King Institute of Preventive Medicine Micro-Biological Section reports 1909-11
Year: 1909
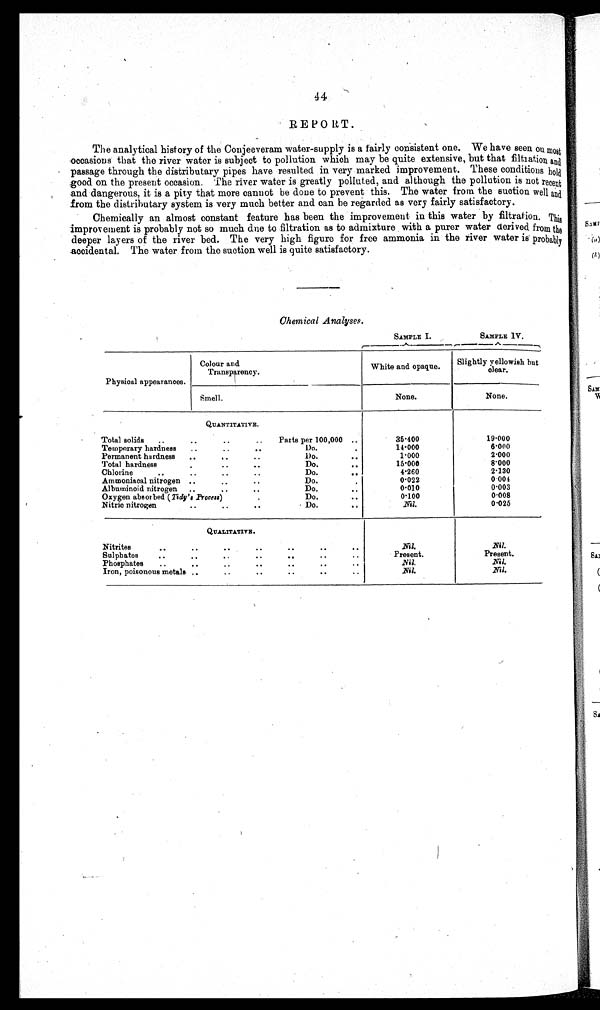
44
REPORT.
The analytical history of the Conjeeveram water-supply is a fairly consistent one. We have seen on most
occasions that the river water is subject to pollution which may be quite extensive, but that filtration and
passage through the distributary pipes have resulted in very marked improvement. These conditions hold
good on the present occasion. The river water is greatly polluted, and although the pollution is not recent
a n d d a n g e r o u s , i t i s a p i t y t h a t m o r e c a n n o t b e d o n e t o p r e v e n t t h i s . T h e w a t e r f r o m t h e s u c t i o n w e l l a n d
from the distributary system is very much better and can be regarded as very fairly satisfactory.
Chemically an almost constant feature has been the improvement in this water by filtration. This
improvement is probably not so much due to filtration as to admixture with a purer water derived from the
deeper layers of the river bed. The very high figure for free ammonia in the river water is probably
accidental. The water from the suction well is quite satisfactory.
Chemical Analyses.
SAMPLE I.
SAMPLE IV.
Physical appearances.
C o l o u r a n d
Transparency.
White and opaque. Slightly yellowish but
clear.
Smell.
None.
None.
QUANTITATIVE.
Total solids ..
..
..
.. Parts per 100,000 ..
35.400
19.000
Temporary hardness ..
..
..
Do.
..
1 4 . 0 0 0
6.000
Permanent hardness ..
..
..
Do.
. .
1.000
2.000
Total hardness
..
.. ..
Do.
..
1 5 . 0 0 0
8 . 0 0 0
Chlorine
.. .. ..
..
Do.
. .
4.260
2.130
Ammoniacal nitrogen ..
..
..
Do.
..
0.022
0.004
Albuminoid nitrogen .. .. ..
Do.
..
0.010
0.003
Oxygen absorbed (Tidy's Process)
Do.
. .
0 . 1 0 0
0.008
Nitric nitrogen
..
..
..
Do.
. .
Nil.
0.025
QUALITATIVE.
Nitrites
.. .. .. .. .. .. ..
Nil.
Nil.
Sulphates
..
..
.. .. .. ..
..
Present.
Present.
Phosphates ..
..
.. .. ..
..
..
Nil.
Nil.
Iron, poisonous metals ..
..
.. .. .. ..
Nil.
Nil.